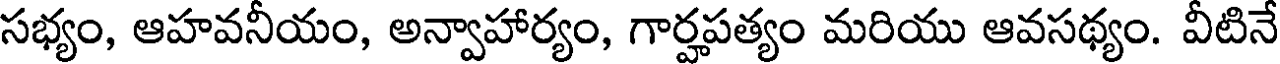
సభ్యం, ఆహవనీయం, అన్వాహార్యం, గార్హపత్యం మరియు ఆవసథ్యం. వీటినే